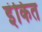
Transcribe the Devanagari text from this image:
इंकित